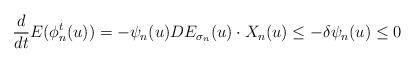
LaTeX: \begin{align*}\frac{d}{dt}E(\phi_n^t(u))=-\psi_n(u)DE_{\sigma_n}(u)\cdot X_n(u)\leq -\delta\psi_n(u)\leq 0\end{align*}